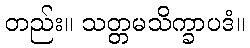
တည်း။ သတ္တမသိက္ခာပဒံ။